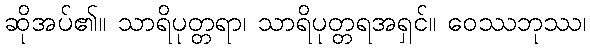
ဆိုအပ်၏။ သာရိပုတ္တရာ၊ သာရိပုတ္တရအရှင်။ ဝေဿဘုဿ၊